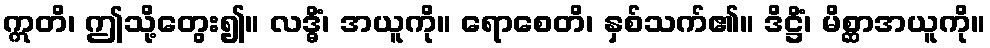
ဣတိ၊ ဤသို့တွေး၍။ လဒ္ဓိံ၊ အယူကို။ ရောစေတိ၊ နှစ်သက်၏။ ဒိဋ္ဌိံ၊ မိစ္ဆာအယူကို။